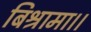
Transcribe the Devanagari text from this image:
बिश्रामा।।